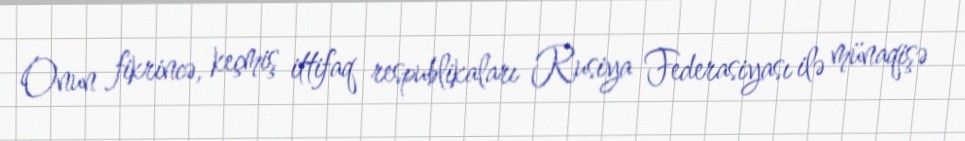
Onun fikrincə, keçmiş ittifaq respublikaları Rusiya Federasiyası ilə münaqişə